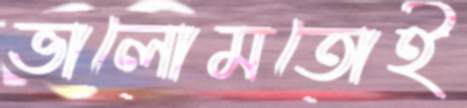
ভালোমতোই